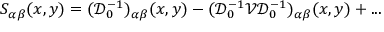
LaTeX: S _ { \alpha \beta } ( x , y ) = ( { \mathcal D } _ { 0 } ^ { - 1 } ) _ { \alpha \beta } ( x , y ) - ( { \mathcal D } _ { 0 } ^ { - 1 } { \mathcal V } { \mathcal D } _ { 0 } ^ { - 1 } ) _ { \alpha \beta } ( x , y ) + . . .